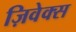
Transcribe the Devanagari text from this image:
ज़िवेक्स